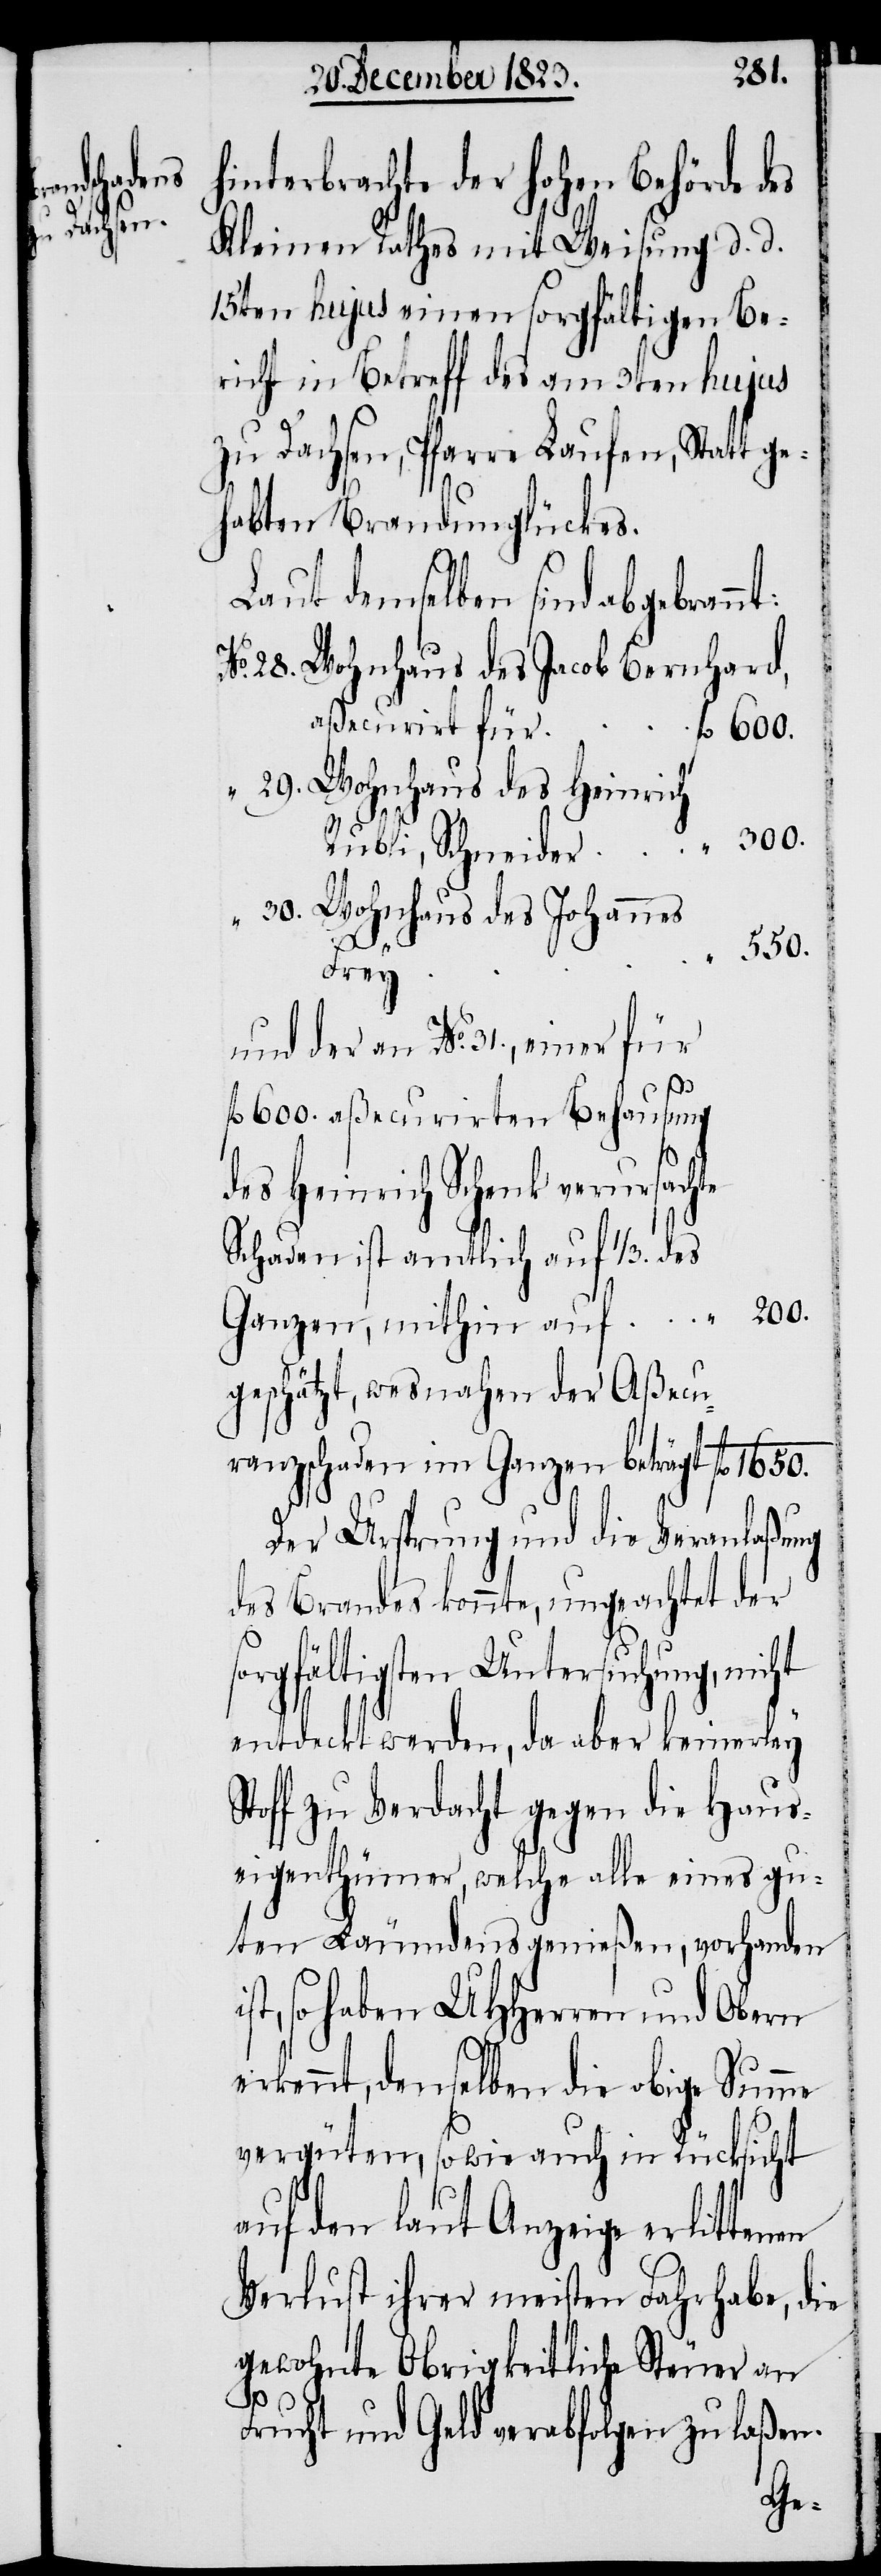
chneider

29.
hinterbrachte der hohen Behörde des
Kleinen Rathes mit Weisung d. d.
15ten hujus einen sorgfältigen Be¬
richt in Betreff des am 3ten hujus
zu Dachsen, Pfarre Laufen, Statt ge¬
habten Brandunglückes.
Laut demselben sind abgebran¬
Wohnhaus des Jacob Bernhard,
aßecurirt für
fl 600.
Wohnhaus des Heinrich
Wohnhaus des Johannes
1650.
„
Frey
und der an No. 31., einer für
fl 600. aßecurirten Behausung
des Heinrich Schenk verursachte
Schaden ist amtlich auf 1/3. des
„ 200.
Ganzen, mithin auf
geschätzt, wesnahen der Aßecu¬
ranzschaden im Ganzen beträgt
Der Ursprung und die Veranlaßung
des Brandes konnte, ungeachtet der
orgfältigsten Untersuchung,
entdeckt werden, da aber keinerley
Stoff zu Verdacht gegen die Haus¬
eigenthümer, welche alle eines gu¬
ten Läumdens genießen, vorhanden
so haben UHHerren und Obern
erkennt, denselben die obige Summe
vergüten, sowie auch in Rücksicht
auf den laut Anzeige erlittenen
Verlust ihrer meisten Fahrhabe, die
gewohnte Obrigkeitliche Steuer an
Frucht und Geld verabfolgen zu laßen.
s¬